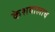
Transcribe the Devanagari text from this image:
केशवालाच